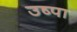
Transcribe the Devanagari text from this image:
उष्पा